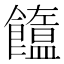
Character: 𩟣